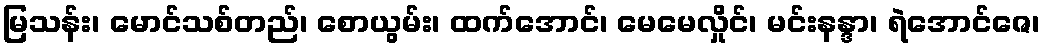
မြသန်း၊ မောင်သစ်တည်၊ စောယွမ်း၊ ထက်အောင်၊ မေမေလှိုင်၊ မင်းနန္ဒာ၊ ရဲအောင်ဇေ၊